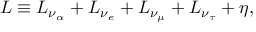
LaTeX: L \equiv L _ { \nu _ { \alpha } } + L _ { \nu _ { e } } + L _ { \nu _ { \mu } } + L _ { \nu _ { \tau } } + \eta ,